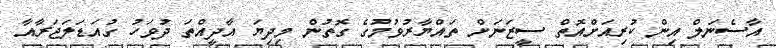
އާސެނަލް އިން ކުރިއަށްއޮތް ސީޒަނަށް ތައްޔާރުވުމުގެ ގޮތުން މިދިޔަ އާދީއްތަ ދުވަހު ގުއަޑަލަޖަރާއާ